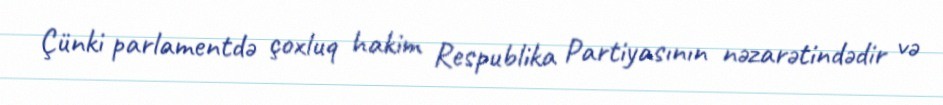
Çünki parlamentdə çoxluq hakim Respublika Partiyasının nəzarətindədir və